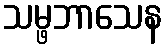
သမ္ဖဘာသေန